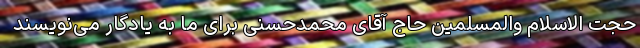
حجت الاسلام والمسلمین حاج آقای محمدحسنی برای ما به یادگار می‌نویسند